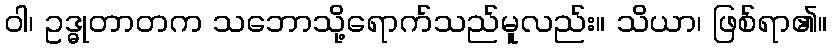
ဝါ၊ ဥဒ္ဓုတာတက သဘောသို့ရောက်သည်မူလည်း။ သိယာ၊ ဖြစ်ရာ၏။